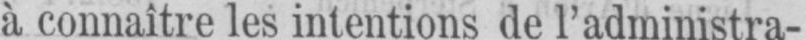
à connaître les intentions de l’administra-